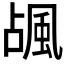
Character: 𱂽